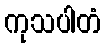
ကုသပါတံ